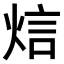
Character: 𤉘